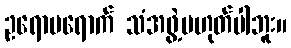
ဥရောပရောက် သံအဖွဲ့မဟုတ်ပါဘူး။